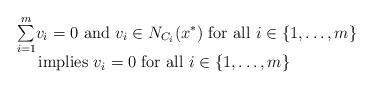
LaTeX: \begin{align*}\begin{array}{l}\underset{i=1}{\overset{m}{\sum}}v_{i}=0\mbox{ and }v_{i}\in N_{C_{i}}(x^{*})\mbox{ for all }i\in\{1,\dots,m\}\\\quad\mbox{ implies }v_{i}=0\mbox{ for all }i\in\{1,\dots,m\}\end{array}\end{align*}